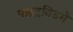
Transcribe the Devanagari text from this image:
पञ्चद्रविडमे